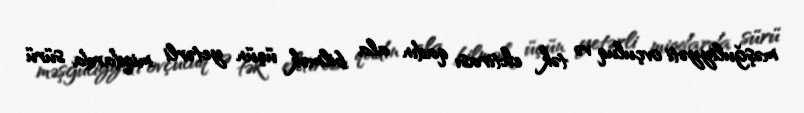
məşğuliyyəti ovçuluq və tək ehtirası qadın ala bilmək üçün yetərli miqdarda sürü